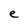
Character: e